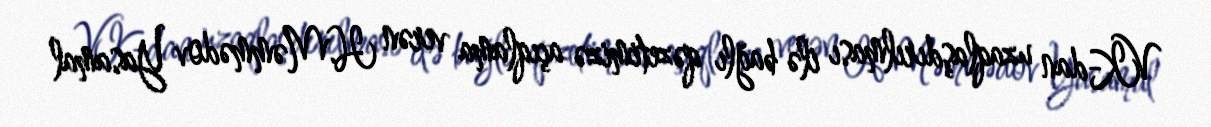
VK-dan uzaqlaşdırılması ilə bağlı qəzetimizə açıqlama verən H.Məmmədov Yasamal